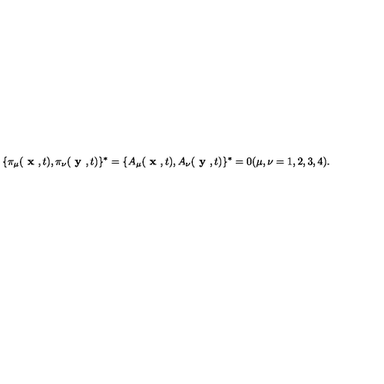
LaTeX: \{ \pi _ { \mu } ( \textbf { x } , t ) , \pi _ { \nu } ( \textbf { y } , t ) \} ^ { * } = \{ A _ { \mu } ( \textbf { x } , t ) , A _ { \nu } ( \textbf { y } , t ) \} ^ { * } = 0 ( \mu , \nu = 1 , 2 , 3 , 4 ) .